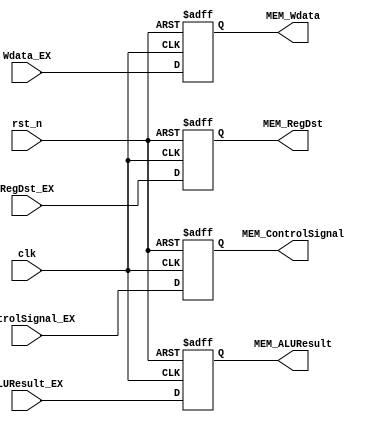
`timescale 1ns/10ps
module EX_MEM(
    input clk, rst_n,
    input [2:0] ControlSignal_EX,
    input [31:0] ALUResult_EX, Wdata_EX,
    input [4:0] RegDst_EX,
    output reg [2:0] MEM_ControlSignal,
    output reg [31:0] MEM_ALUResult, MEM_Wdata,
    output reg [4:0] MEM_RegDst
);

always @(posedge clk, negedge rst_n) begin
if (!rst_n)
    {MEM_ControlSignal, MEM_ALUResult, MEM_Wdata, MEM_RegDst} <= 0;
else
    {MEM_ControlSignal, MEM_ALUResult, MEM_Wdata, MEM_RegDst}
    <= {ControlSignal_EX, ALUResult_EX, Wdata_EX, RegDst_EX};
end
endmodule